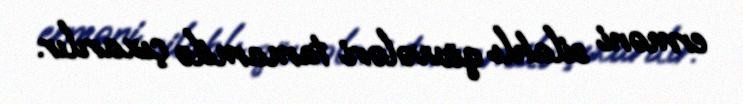
erməni silahlı qüvvələri tamamilə çıxarılır.